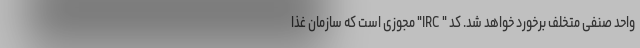
واحد صنفی متخلف برخورد خواهد شد. کُد " IRC" مجوزی است که سازمان غذا